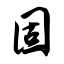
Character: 固